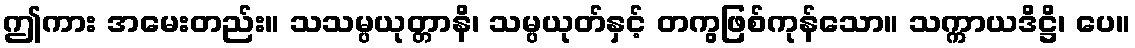
ဤကား အမေးတည်း။ သသမ္ပယုတ္တာနိ၊ သမ္ပယုတ်နှင့် တကွဖြစ်ကုန်သော။ သက္ကာယဒိဋ္ဌိ၊ ပေ။